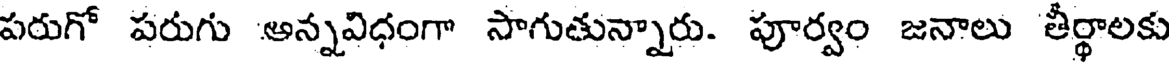
పరుగో పరుగు అన్నవిధంగా సాగుతున్నారు. పూర్వం జనాలు తీర్థాలకు